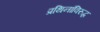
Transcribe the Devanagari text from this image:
प्रथिनांविरुद्ध